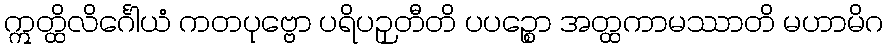
ဣတ္ထိလိင်္ဂေါယံ ကတပုဗ္ဗော ပရိပဉှတီတိ ပပဉ္စော အတ္ထကာမဿာတိ မဟာမိဂ